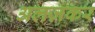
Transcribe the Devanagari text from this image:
अलज़कर